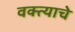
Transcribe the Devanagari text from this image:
वक्त्याचे